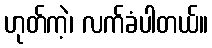
ဟုတ်ကဲ့၊ လက်ခံပါတယ်။